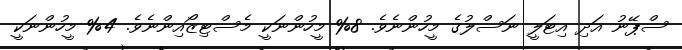
ސްޕޭނު އަދި އިޓަލީ ނަސްލުގެ މީހުންނެވެ. 8% މީހުންނަކީ މެސްޓިޒޯއިންނެވެ. 4% މީހުންނަކީ